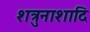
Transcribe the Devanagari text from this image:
शत्रुनाशादि